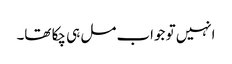
انہیں تو جواب مل ہی چکا تھا۔